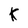
Character: K